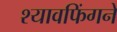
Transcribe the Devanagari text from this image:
श्यावफिंगने